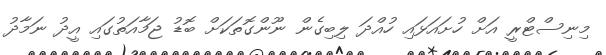
މިނިސްޓްރީ އަށް ހުށައަޅައި ހުއްދަ ލިބިގެން ނޫންގޮތަަކަށް ބޮޑު ޖަމާއަތުގައި އީދު ނަމާދު